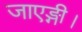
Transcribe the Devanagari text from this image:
जाएङ्गी।